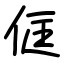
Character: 㑌